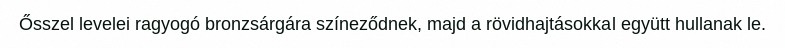
Ősszel levelei ragyogó bronzsárgára színeződnek, majd a rövidhajtásokkal együtt hullanak le.